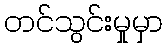
တင်သွင်းမှုမှာ